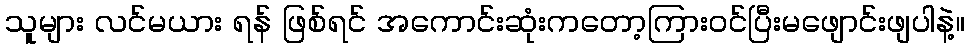
သူများ လင်မယား ရန် ဖြစ်ရင် အကောင်းဆုံးကတော့ကြားဝင်ပြီးမဖျောင်းဖျပါနဲ့။